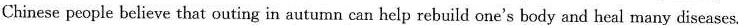
Chinese people believe that outing in autumn can help rebuild one's body and heal many diseases.